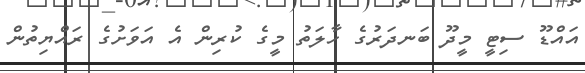
އައްޑޫ ސިޓީ މީދޫ ބަނދަރުގެ ހާލަތު މީގެ ކުރިން އެ އަވަށުގެ ރައްޔިތުން